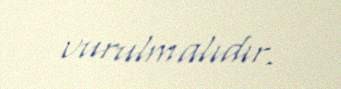
vurulmalıdır.